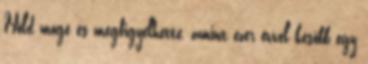
Hold mögé és megfigyelhette, amint ezer évvel később egy